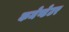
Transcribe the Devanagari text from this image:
कमेण्टेटर